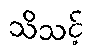
သိသင့်